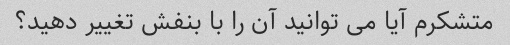
متشکرم آیا می توانید آن را با بنفش تغییر دهید؟